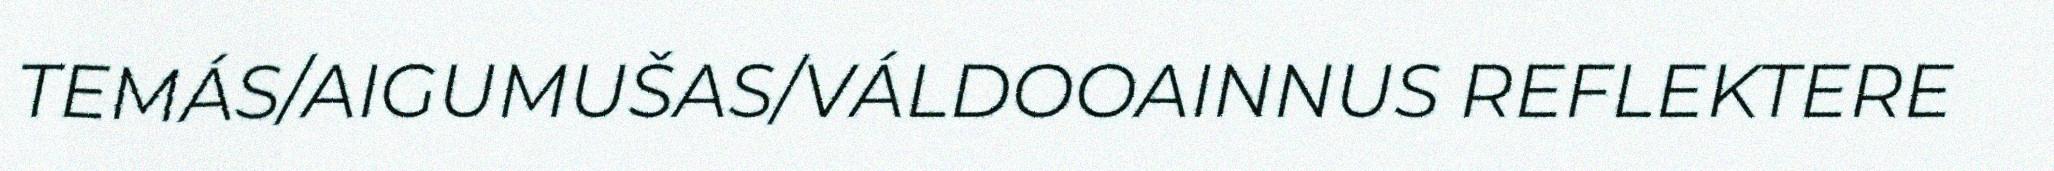
TEMÁS/AIGUMUŠAS/VÁLDOOAINNUS REFLEKTERE